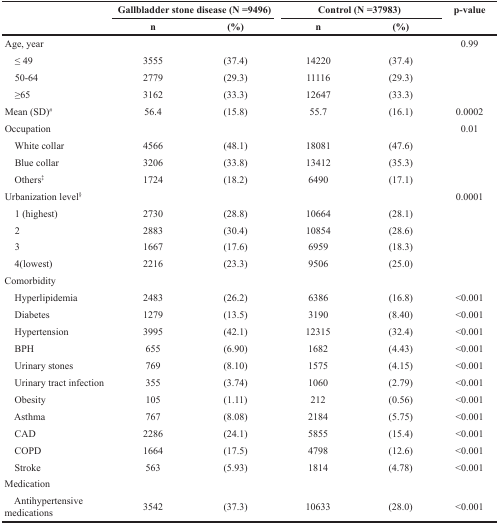
<table><thead><tr><td rowspan="2"></td><td colspan="2"><b>Gallbladder stone disease (N =9496)</b></td><td colspan="2"><b>Control (N =37983)</b></td><td rowspan="2"><b>p-value</b></td></tr><tr><td><b>n</b></td><td><b>(%)</b></td><td><b>n</b></td><td><b>(%)</b></td></tr></thead><tbody><tr><td>Age, year</td><td></td><td></td><td></td><td></td><td>0.99</td></tr><tr><td> ≤ 49</td><td>3555</td><td>(37.4)</td><td>14220</td><td>(37.4)</td><td></td></tr><tr><td> 50-64</td><td>2779</td><td>(29.3)</td><td>11116</td><td>(29.3)</td><td></td></tr><tr><td> ≥65</td><td>3162</td><td>(33.3)</td><td>12647</td><td>(33.3)</td><td></td></tr><tr><td>Mean (SD)<sup>#</sup></td><td>56.4</td><td>(15.8)</td><td>55.7</td><td>(16.1)</td><td>0.0002</td></tr><tr><td>Occupation</td><td></td><td></td><td></td><td></td><td>0.01</td></tr><tr><td> White collar</td><td>4566</td><td>(48.1)</td><td>18081</td><td>(47.6)</td><td></td></tr><tr><td> Blue collar</td><td>3206</td><td>(33.8)</td><td>13412</td><td>(35.3)</td><td></td></tr><tr><td> Others<sup>‡</sup></td><td>1724</td><td>(18.2)</td><td>6490</td><td>(17.1)</td><td></td></tr><tr><td>Urbanization level<sup>§</sup></td><td></td><td></td><td></td><td></td><td>0.0001</td></tr><tr><td> 1 (highest)</td><td>2730</td><td>(28.8)</td><td>10664</td><td>(28.1)</td><td></td></tr><tr><td> 2</td><td>2883</td><td>(30.4)</td><td>10854</td><td>(28.6)</td><td></td></tr><tr><td> 3</td><td>1667</td><td>(17.6)</td><td>6959</td><td>(18.3)</td><td></td></tr><tr><td> 4(lowest)</td><td>2216</td><td>(23.3)</td><td>9506</td><td>(25.0)</td><td></td></tr><tr><td>Comorbidity</td><td></td><td></td><td></td><td></td><td></td></tr><tr><td> Hyperlipidemia</td><td>2483</td><td>(26.2)</td><td>6386</td><td>(16.8)</td><td>&lt;0.001</td></tr><tr><td> Diabetes</td><td>1279</td><td>(13.5)</td><td>3190</td><td>(8.40)</td><td>&lt;0.001</td></tr><tr><td> Hypertension</td><td>3995</td><td>(42.1)</td><td>12315</td><td>(32.4)</td><td>&lt;0.001</td></tr><tr><td> BPH</td><td>655</td><td>(6.90)</td><td>1682</td><td>(4.43)</td><td>&lt;0.001</td></tr><tr><td> Urinary stones</td><td>769</td><td>(8.10)</td><td>1575</td><td>(4.15)</td><td>&lt;0.001</td></tr><tr><td> Urinary tract infection</td><td>355</td><td>(3.74)</td><td>1060</td><td>(2.79)</td><td>&lt;0.001</td></tr><tr><td> Obesity</td><td>105</td><td>(1.11)</td><td>212</td><td>(0.56)</td><td>&lt;0.001</td></tr><tr><td> Asthma</td><td>767</td><td>(8.08)</td><td>2184</td><td>(5.75)</td><td>&lt;0.001</td></tr><tr><td> CAD</td><td>2286</td><td>(24.1)</td><td>5855</td><td>(15.4)</td><td>&lt;0.001</td></tr><tr><td> COPD</td><td>1664</td><td>(17.5)</td><td>4798</td><td>(12.6)</td><td>&lt;0.001</td></tr><tr><td> Stroke</td><td>563</td><td>(5.93)</td><td>1814</td><td>(4.78)</td><td>&lt;0.001</td></tr><tr><td>Medication</td><td></td><td></td><td></td><td></td><td></td></tr><tr><td> Antihypertensive medications</td><td>3542</td><td>(37.3)</td><td>10633</td><td>(28.0)</td><td>&lt;0.001</td></tr></tbody></table>